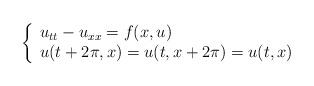
LaTeX: \begin{align*}\left\{\begin{array}{ll}u_{tt}-u_{xx}=f(x,u)\\u(t+2\pi,x)=u(t,x+2\pi)=u(t,x)\end{array}\right.\end{align*}